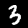
Digit: 3